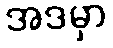
အဒမှာ